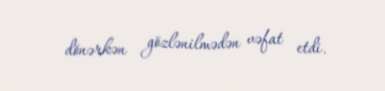
dönərkən gözlənilmədən vəfat etdi.